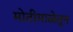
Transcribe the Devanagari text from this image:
मोतीमाळेतून